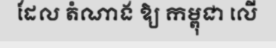
ដែល តំណាង ឱ្យ កម្ពុជា លើ